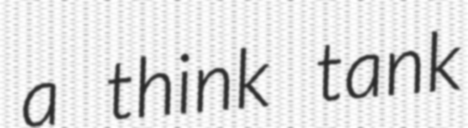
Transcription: a think tank